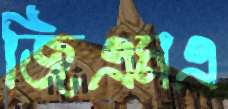
জিএমএ